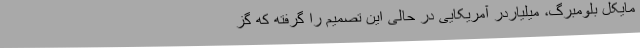
مایکل بلومبرگ، میلیاردر آمریکایی در حالی این تصمیم را گرفته که گز